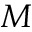
M